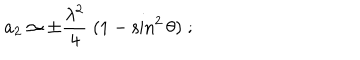
a _ { 2 } \simeq \pm { \frac { \lambda ^ { 2 } } { 4 } } \; ( 1 - \sin ^ { 2 } \theta ) \; ;